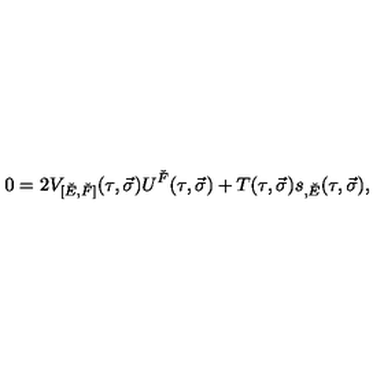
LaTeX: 0 = 2 V _ { [ \check { E } , \check { F } ] } ( \tau , \vec { \sigma } ) U ^ { \check { F } } ( \tau , \vec { \sigma } ) + T ( \tau , \vec { \sigma } ) s _ { , \check { E } } ( \tau , \vec { \sigma } ) ,